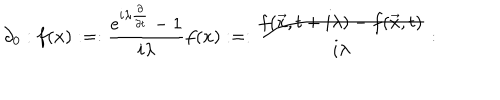
\partial _ { 0 } : f ( x ) : = : \frac { e ^ { i \lambda { \frac { \partial } { \partial t } } } - 1 } { i \lambda } f ( x ) : = : \frac { f ( \vec { x } , t + i \lambda ) - f ( \vec { x } , t ) } { i \lambda } :